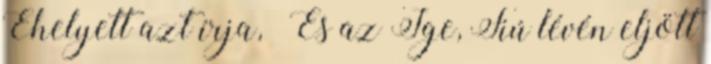
Ehelyett azt írja, „És az Ige, Fiú lévén eljött